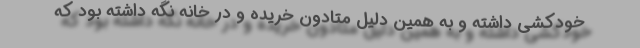
خودکشی داشته و به همین دلیل متادون خریده و در خانه نگه داشته بود که